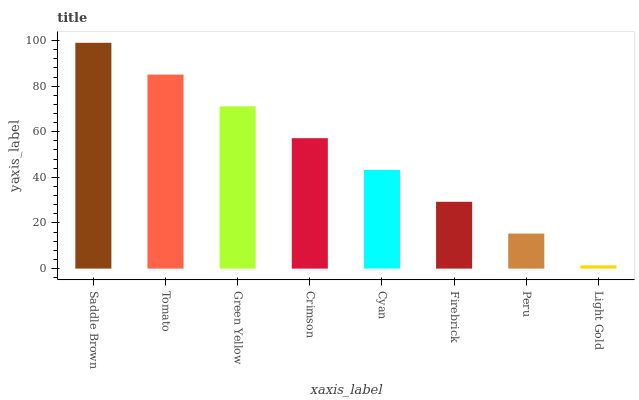
| xaxis_label | bars |
 | --- | --- |
 | Saddle Brown | 99 |
 | Tomato | 85.1 |
 | Green Yellow | 71.1 |
 | Crimson | 57.2 |
 | Cyan | 43.2 |
 | Firebrick | 29.3 |
 | Peru | 15.4 |
 | Light Gold | 1.42 |